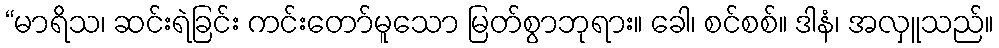
“မာရိသ၊ ဆင်းရဲခြင်း ကင်းတော်မူသော မြတ်စွာဘုရား။ ခေါ၊ စင်စစ်။ ဒါနံ၊ အလှူသည်။